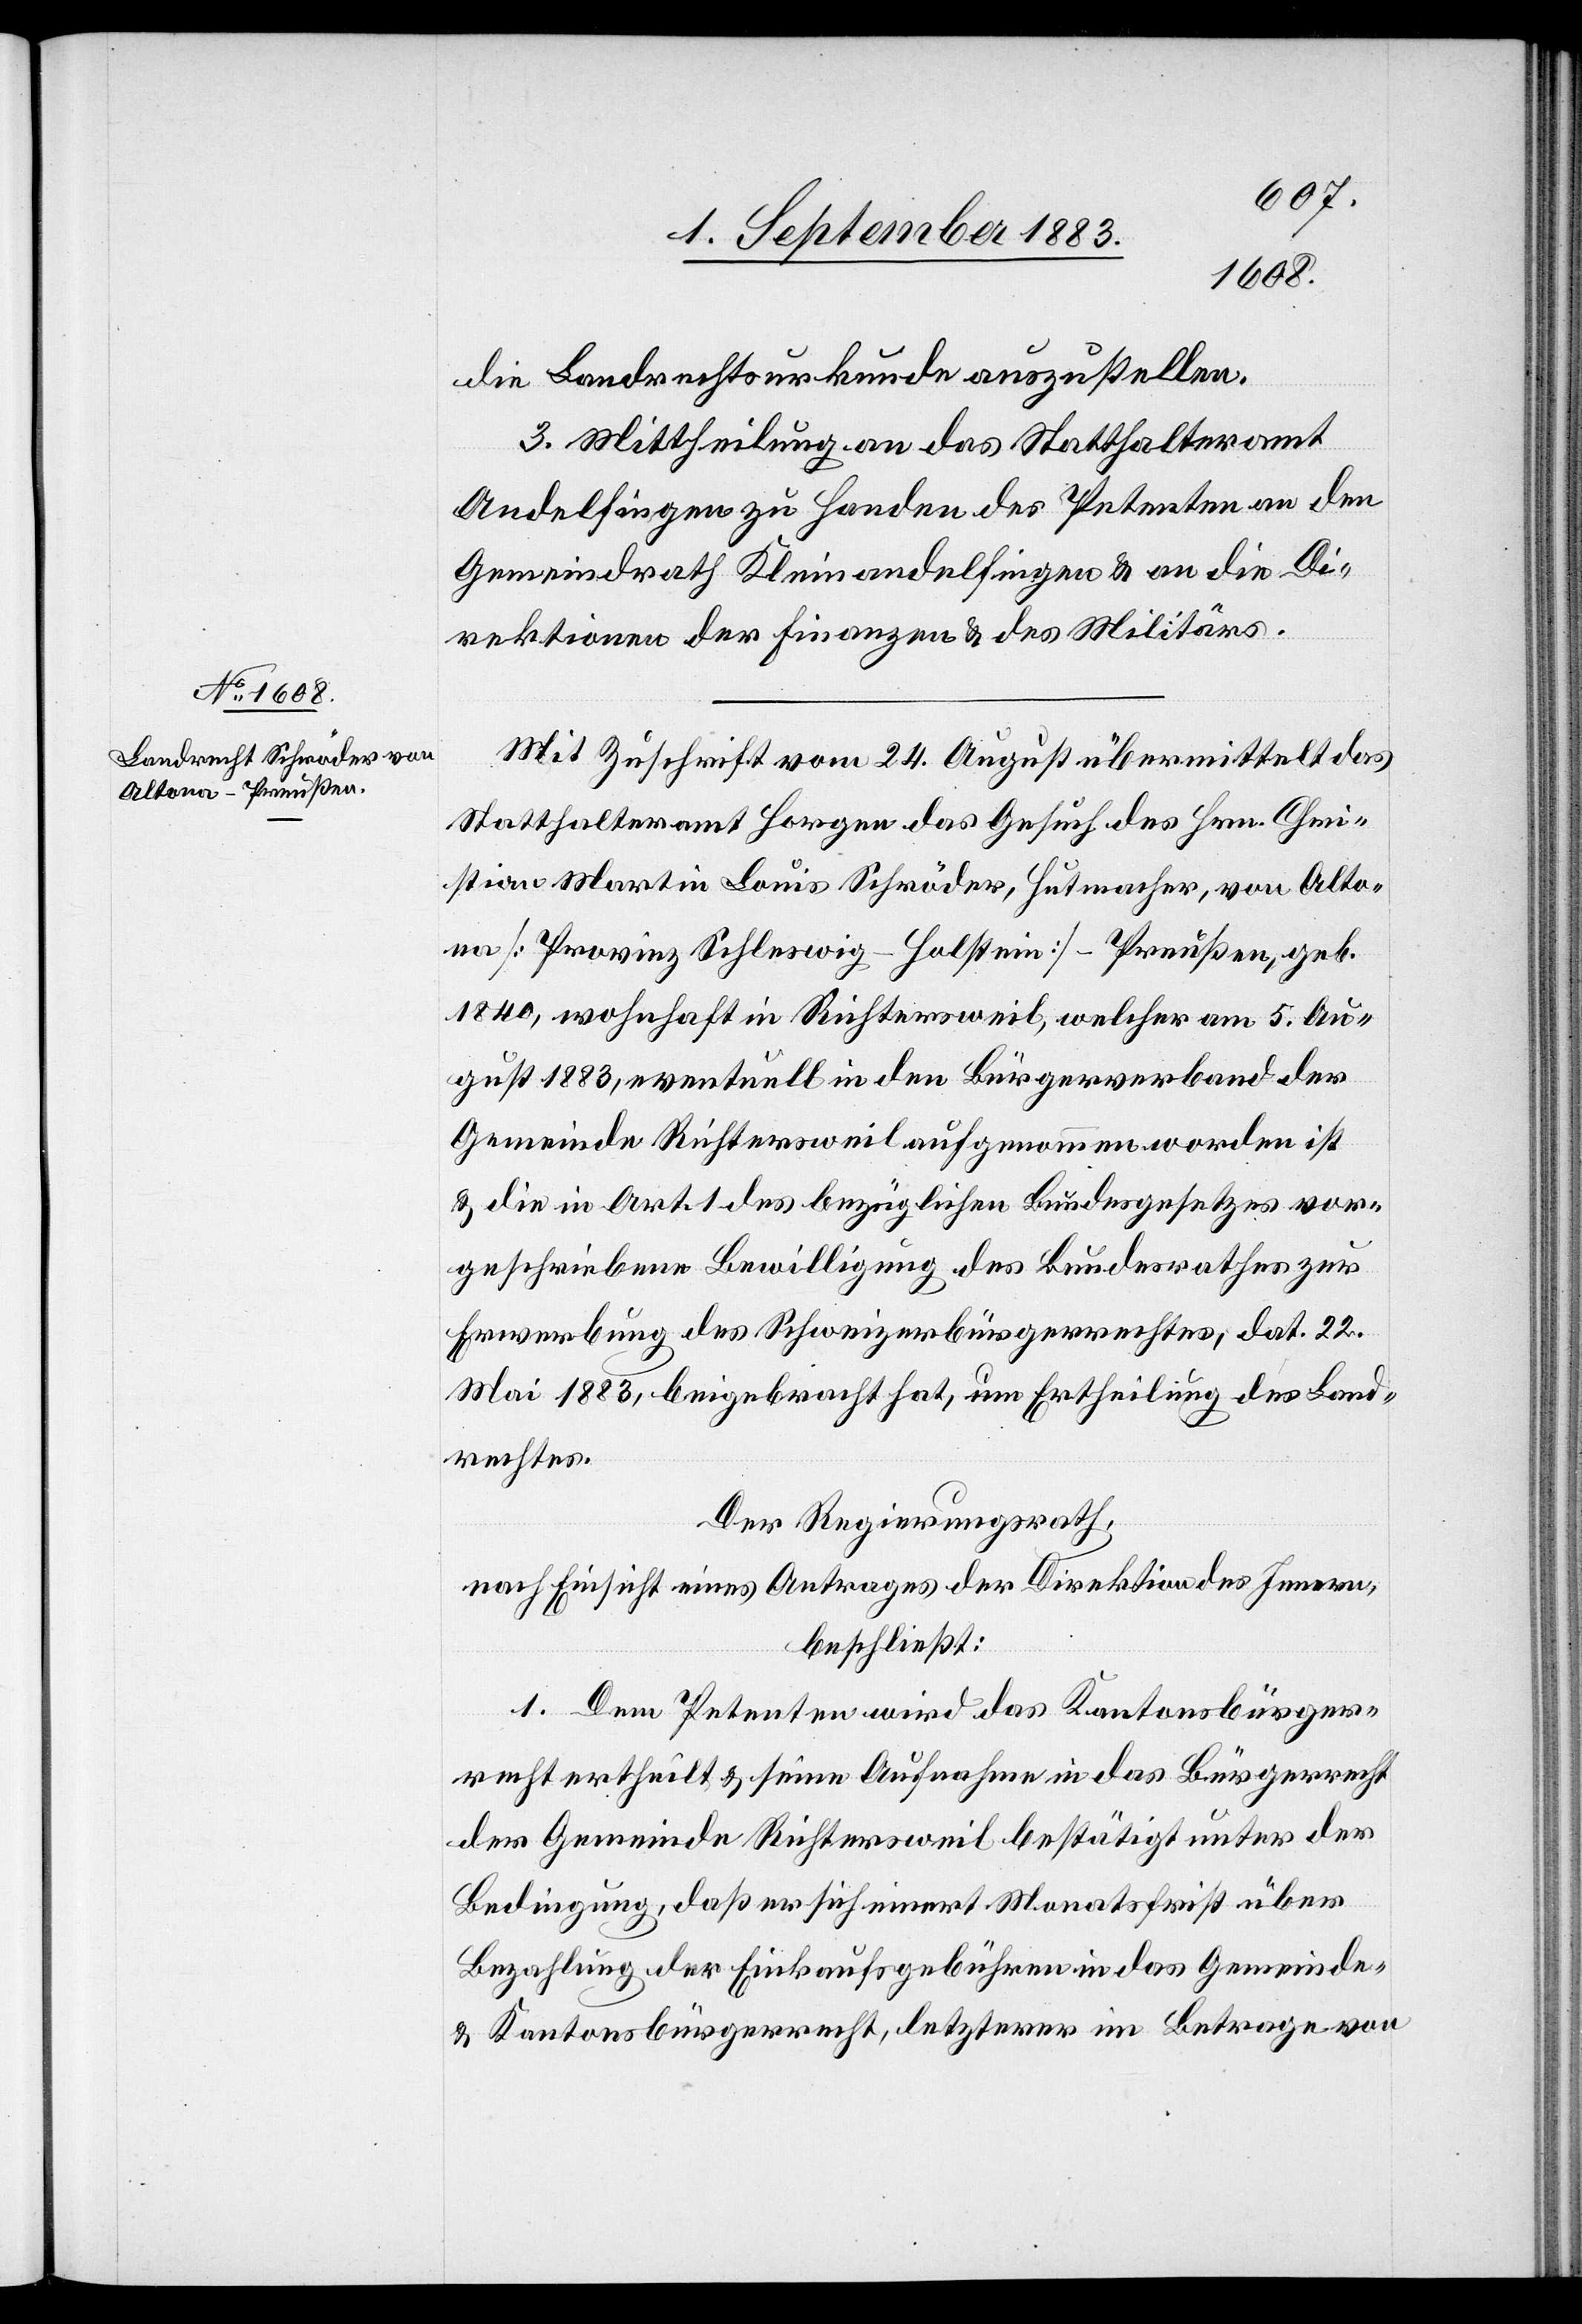
die Landrechtsurkunde auszustellen.
3. Mittheilung an das Statthalteramt
Andelfingen zu Handen des Petenten[,] an den
Gemeindrath Kleinandelfingen & an die Di¬
rektionen der Finanzen & des Militärs.
Mit Zuschrift vom 24. August übermittelt das
Statthalteramt Horgen das Gesuch des Hrn. Chri¬
stian Martin Louis Schröder, Hutmacher, von Alto¬
na [Provinz Schleswig-Holstein], Preußen, geb.
1840, wohnhaft in Richtersweil, welcher am 5. Au¬
gust 1883, eventuell in den Bürgerverband der
Gemeinde Richtersweil aufgenommen worden ist
& die in Art. 1 des bezüglichen Bundesgesetzes vor¬
geschriebene Bewilligung des Bundesrathes zur
Erwerbung des Schweizerbürgerrechtes, dat. 8.
August 1883, beigebracht hat, um Ertheilung des Land¬
rechtes.
Der Regierungsrath,
nach Einsicht eines Antrages der Direktion des Innern,
beschließt:
1. Dem Petenten wird das Kantonsbürger¬
recht ertheilt & seine Aufnahme in das Bürgerrecht
der Gemeinde Richtersweil bestätigt unter der
Bedingung, daß er sich innert Monatsfrist über
Bezahlung der Einkaufsgebühren in das Gemeinde-
& Kantonsbürgerrecht, letzterer im Betrage von